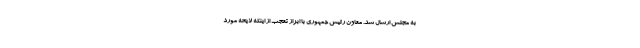
به مجلس ارسال شد. معاون رئیس جمهوری با ابراز تعجب از اینکه لایحه مورد